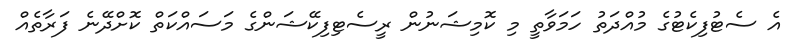
އެ ސެޓުފިކެޓުގެ މުއްދަތު ހަމަވާތީ މި ކޮމިޝަނުން ރީސެޓިފިކޭޝަންގެ މަސައްކަތް ކޮށްދޭނެ ފަރާތެއް